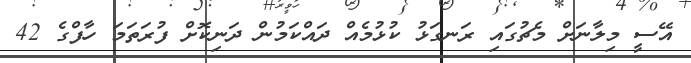
އޭސީ މިލާނަށް މެޗުގައި ރަނގަޅު ކުޅުމެއް ދައްކަމުން ދަނިކޮށް ފުރަތަމަ ހާފްގެ 42